Sanitation, dispensaries and jails vaccination Rajputana 1922-1927 - 1922-1927
Year: 1922
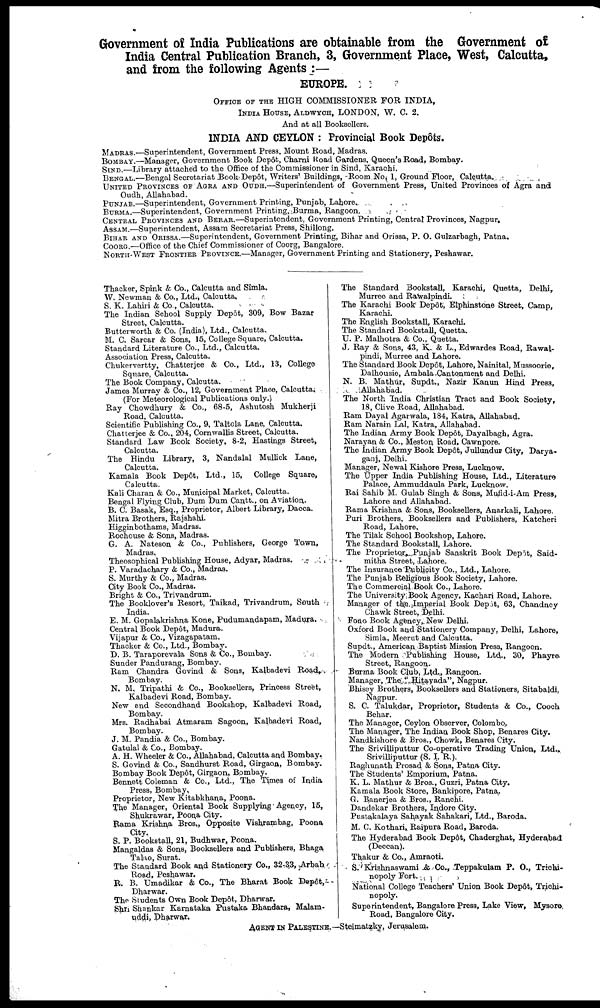
Government of India Publications are obtainable from the Government of
India Central Publication Branch, 3, Government Place, West, Calcutta,
and from the following Agents :—
EUROPE.
OFFICE OF THE HIGH COMMISSIONER FOR INDIA,
INDIA HOUSE, ALDWYCH, LONDON, W. C. 2.
And at all Booksellers.
INDIA AND CEYLON : Provincial Book Depôts.
MADRAS.—Superintendent, Government Press, Mount Road, Madras.
BOMBAY.—Manager, Government Book Depôt, Charni Road Gardens, Queen's Road, Bombay.
SIND.—Library attached to the Office of the Commissioner in Sind, Karachi.
BENGAL.—Bengal Secretariat Book Depôt, Writers' Buildings, Room No, 1, Ground Floor, Calcutta.
UNITED PROVINCES OF AGRA AND OUNH.—Superintendent of Government Press, United Provinces of Agra and
Oudh, Allahabad.
PUNJAB.—Superintendent, Government Printing, Punjab, Lahore.
BURMA.—Superintendent, Government Printing, Burma, Rangoon.
CENTRAL PROVINCES AND BERAR.—Superintendent. Government Printing, Central Provinces, Nagpur.
ASSAM.—Superintendent, Assam Secretariat Press, Shillong.
BIHAR AND ORISSA.—Superintendent, Government Printing, Bihar and Orissa, P. O. Gulzarbagh, Patna.
COORG.—Office of the Chief Commissioner of Coorg, Bangalore.
NORTH-WEST FRONTIER PROVINCE.—Manager, Government Printing and Stationery, Peshawar.
Thacker, Spink & Co., Calcutta and Simla.
W. Newman & Co., Ltd., Calcutta,
S. K. Lahiri & Co., Calcutta.
The Indian School Supply Depôt, 309, Bow Bazar
Street, Calcutta.
Butterworth & Co. (India), Ltd., Calcutta.
M. C. Sarcar & Sons, 15, College Square, Calcutta.
Standard Literature Co., Ltd., Calcutta.
Association Press, Calcutta.
Chukervertty, Chatterjee & Co., Ltd., 13, College
Square, Calcutta.
The Book Company, Calcutta.
James Murray & Co., 12, Government Place, Calcutta.
(For Meteorological Publications only.)
Ray Chowdhury & Co., 68-5, Ashutosh Mukherji
Road, Calcutta.
Scientific Publishing Co., 9, Taltola Lane, Calcutta.
Chatterjee & Co., 204, Cornwallis Street, Calcutta.
Standard Law Book Society, 8-2, Hastings Street,
Calcutta.
The Hindu Library, 3, Nandalal Mullick Lane,
Calcutta.
Kamala Book Depôt, Ltd., 15, College Square,
Calcutta.
Kali Charan & Co., Municipal Market, Calcutta.
Bengal Flying Club, Dum Dum Cantt., on Aviation.
B. C. Basak, Esq., Proprietor, Albert Library, Dacca.
Mitra Brothers, Rajshahi.
Higginbothams, Madras.
Rochouse & Sons, Madras.
G. A. Nateson & Co., Publishers, George Town,
Madras.
Theosophical Publishing House, Adyar, Madras.
P. Varadachary & Co., Madras.
S. Murthy & Co., Madras.
City Book Co., Madras.
Bright & Co., Trivandrum.
The Booklover's Resort, Taikad, Trivandrum, South
India.
E. M. Gopalakrishna Kone, Pudumandapam, Madura.
Central Book Depôt, Madura.
Vijapur & Co., Vizagapatam.
Thacker & Co., Ltd., Bombay.
D. B. Taraporevala Sons & Co., Bombay.
Sunder Pandurang, Bombay.
Ram Chandra Govind & Sons, Kalbadevi Road,
Bombay.
N. M. Tripathi & Co., Booksellers, Princess Street,
Kalbadevi Road, Bombay.
New and Secondhand Bookshop, Kalbadevi Road,
Bombay.
Mrs. Radhabai Atmaram Sagoon, Kalbadevi Road,
Bombay.
J. M. Pandia & Co., Bombay.
Gatulal & Co., Bombay.
A. H. Wheeler & Co., Allahabad, Calcutta and Bombay.
S. Govind & Co., Sandhurst Road, Girgaon, Bombay.
Bombay Book Depôt, Girgaon, Bombay.
Bennett Coleman & Co., Ltd., The Times of India
Press, Bombay,
Proprietor, New Kitabkhana, Poona.
The Manager, Oriental Book Supplying Agency, 15,
Shukrawar, Poona City.
Rama Krishna Bros., Opposite Vishrambag, Poona
City.
S. P. Bookstall, 21, Budhwar, Poona.
Mangaldas & Sons, Booksellers and Publishers, Bhaga
Talao, Surat.
The Standard Book and Stationery Co., 32-33, Arbab
Road, Peshawar.
R. B. Umadikar & Co., The Bharat Book Depôt,
Dharwar.
The Students Own Book Depôt, Dharwar.
Shri Shankar Karnataka Pustaka Bhandara, Malam-
uddi, Dharwar.
The Standard Bookstall, Karachi, Quetta, Delhi,
Murree and Rawalpindi. ;
The Karachi Book Depôt, Elphinstone Street, Camp,
Karachi.
The English Bookstall, Karachi.
The Standard Bookstall, Quetta.
U. P. Malhotra & Co.. Quetta.
J. Ray & Sons, 43, K. & L., Edwardes Road, Rawal-
pindi, Murree and Lahore.
The Standard Book Depôt, Lahore, Nainital, Mussoorie,
Dalhousie, Ambala Cantonment and Delhi.
N. B. Mathur, Supdt., Nazir Kanun Hind Press,
Allahabad.
The North India Christian Tract and Book Society,
18, Clive Road, Allahabad.
Ram Dayal Agarwala, 184, Katra, Allahabad.
Ram Narain Lal, Katra, Allahabad.
The Indian Army Book Depôt, Dayalbagh, Agra.
Narayan & Co., Meston Road, Cawnpore.
The Indian Army Book Depot, Jullundur City, Darya.
ganj, Delhi.
Manager, Newal Kishore Press, Lucknow.
The Upper India Publishing House, Ltd., Literature
Palace, Ammuddaula Park, Lucknow.
Rai Sahib M. Gulab Singh & Sons, Mufid-i-Am Press,
Lahore and Allahabad.
Rama Krishna & Sons, Booksellers, Anarkali, Lahore.
Puri Brothers, Booksellers and Publishers, Katcheri
Road, Lahore,
The Tilak School Bookshop, Lahore.
The Standard Bookstall, Lahore.
The Proprietor Punjab Sanskrit Book Depôt, Said¬
mitha Street, Lahore.
The Insurance Publicity Co., Ltd., Lahore.
The Punjab Religious Book Society, Lahore.
The Commercial Book Co., Lahore.
The University Book Agency, Kachari Road, Lahore.
Manager of the Imperial Book Depôt, 63, Chandney
Chawk Street, Delhi.
Fono Book Agency, New Delhi.
Oxford Book and Stationery Company, Delhi, Lahore,
Simla, Meerut and Calcutta.
Supdt., American Baptist Mission Press, Rangoon.
The Modern Publishing House, Ltd., 30, Phayre
Street, Rangoon.
Burma Book Club, Ltd., Rangoon.
Manager, The " Hitayada", Nagpur.
Bhisey Brothers, Booksellers and Stationers, Sitabaldi,
Nagpur.
S. C. Talukdar, Proprietor, Students & Co., Cooch
Behar.
The Manager, Ceylon Observer, Colombo,
The Manager, The Indian Book Shop, Benares City.
Nandkishore & Bros., Chowk, Benares City.
The Srivilliputtur Co-operative Trading Union, Ltd.,.
Srivilliputtur (S. I. R.).
Raghunath Prosad & Sons, Patna City.
The Students' Emporium, Patna.
K. L. Mathur & Bros., Guzri, Patna City.
Kamala Book Store, Bankipore, Patna.
G. Banerjea & Bros., Ranchi.
Dandekar Brothers, Indore City.
Pustakalaya Sahayak Sahakari, Ltd., Baroda.
M. C. Kothari, Raipura Road, Baroda.
The Hyderabad Book Depôt, Chaderghat, Hyderabad
(Deccan).
Thakur & Co., Amraoti.
S. Krishnaswami & Co., Teppakulam P. O., Trichi¬
nopoly Fort.
National College Teachers' Union Book Depôt, Trichi-
nopoly.
Superintendent, Bangalore Press, Lake View, Mysore,
Road, Bangalore City.
AGENT IN PALESTINE.—Steimatzky, Jerusalem.